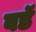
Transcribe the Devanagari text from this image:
बडॅ